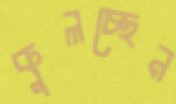
কুলচ্ছেন